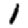
Digit: 1